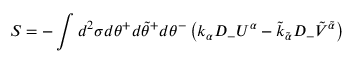
S = - \int d ^ { 2 } \sigma d \theta ^ { + } d \tilde { \theta } ^ { + } d \theta ^ { - } \left( k _ { \alpha } D _ { - } U ^ { \alpha } - \tilde { k } _ { \tilde { \alpha } } D _ { - } \tilde { V } ^ { \tilde { \alpha } } \right)